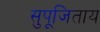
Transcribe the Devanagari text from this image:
सुपूजिताय